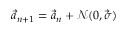
\vec { a } _ { n + 1 } = \vec { a } _ { n } + \mathcal { N } ( 0 , \vec { \sigma } )